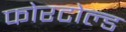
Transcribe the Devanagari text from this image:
फोरटोल्‍ड